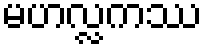
မဟလ္လကဿ